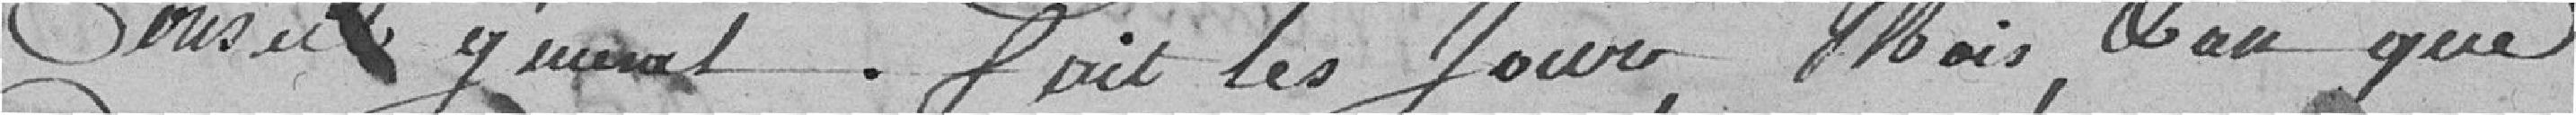
Conseil Général. Fait les jours, mois et an que